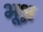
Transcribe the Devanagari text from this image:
भूश्न